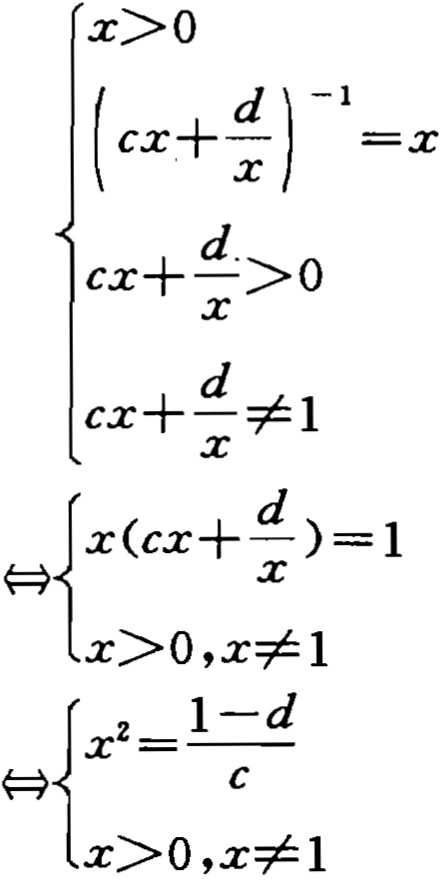
\[

\begin{cases}

x>0 \\

\left(cx+\frac{d}{x}\right)^{-1}=x \\

cx+\frac{d}{x}>0 \\

cx+\frac{d}{x}\neq1

\end{cases}

\Leftrightarrow

\begin{cases}

x\left(cx+\frac{d}{x}\right)=1 \\

x>0,x\neq1

\end{cases}

\Leftrightarrow

\begin{cases}

x^{2}=\frac{1 - d}{c} \\

x>0,x\neq1

\end{cases}

\]